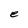
Character: e